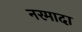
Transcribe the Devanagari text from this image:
नरमादा